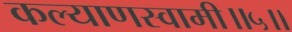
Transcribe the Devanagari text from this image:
कल्याणस्वामी॥५॥